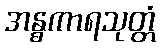
အန္ဓကာရသုတ္တံ